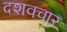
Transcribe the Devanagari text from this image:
दशक्वार